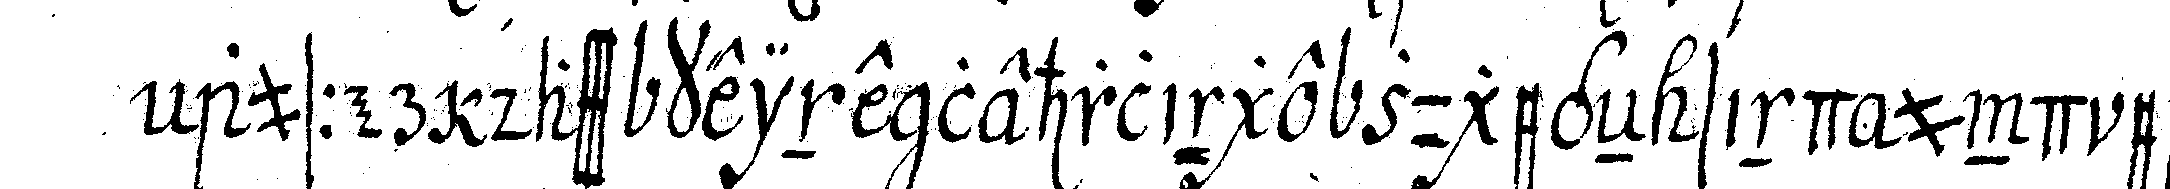
ausser dass keine lehrlinge zugegeN sind und ebeN